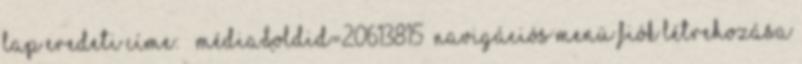
lap eredeti címe: „ média&oldid=20613815” Navigációs menü Fiók létrehozása